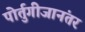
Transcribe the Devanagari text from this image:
पोर्तुगीजानंतर